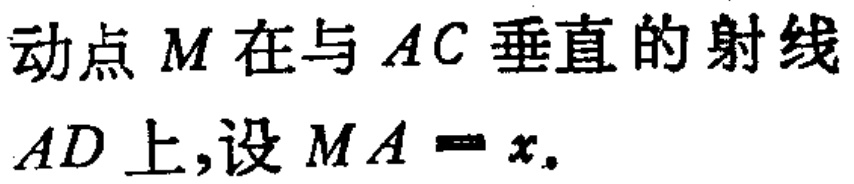
动点\(M\)在与\(AC\)垂直的射线\(AD\)上,设\(MA = x\).